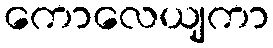
ကောလေယျကာ